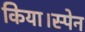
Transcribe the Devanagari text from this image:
किया।स्पेन